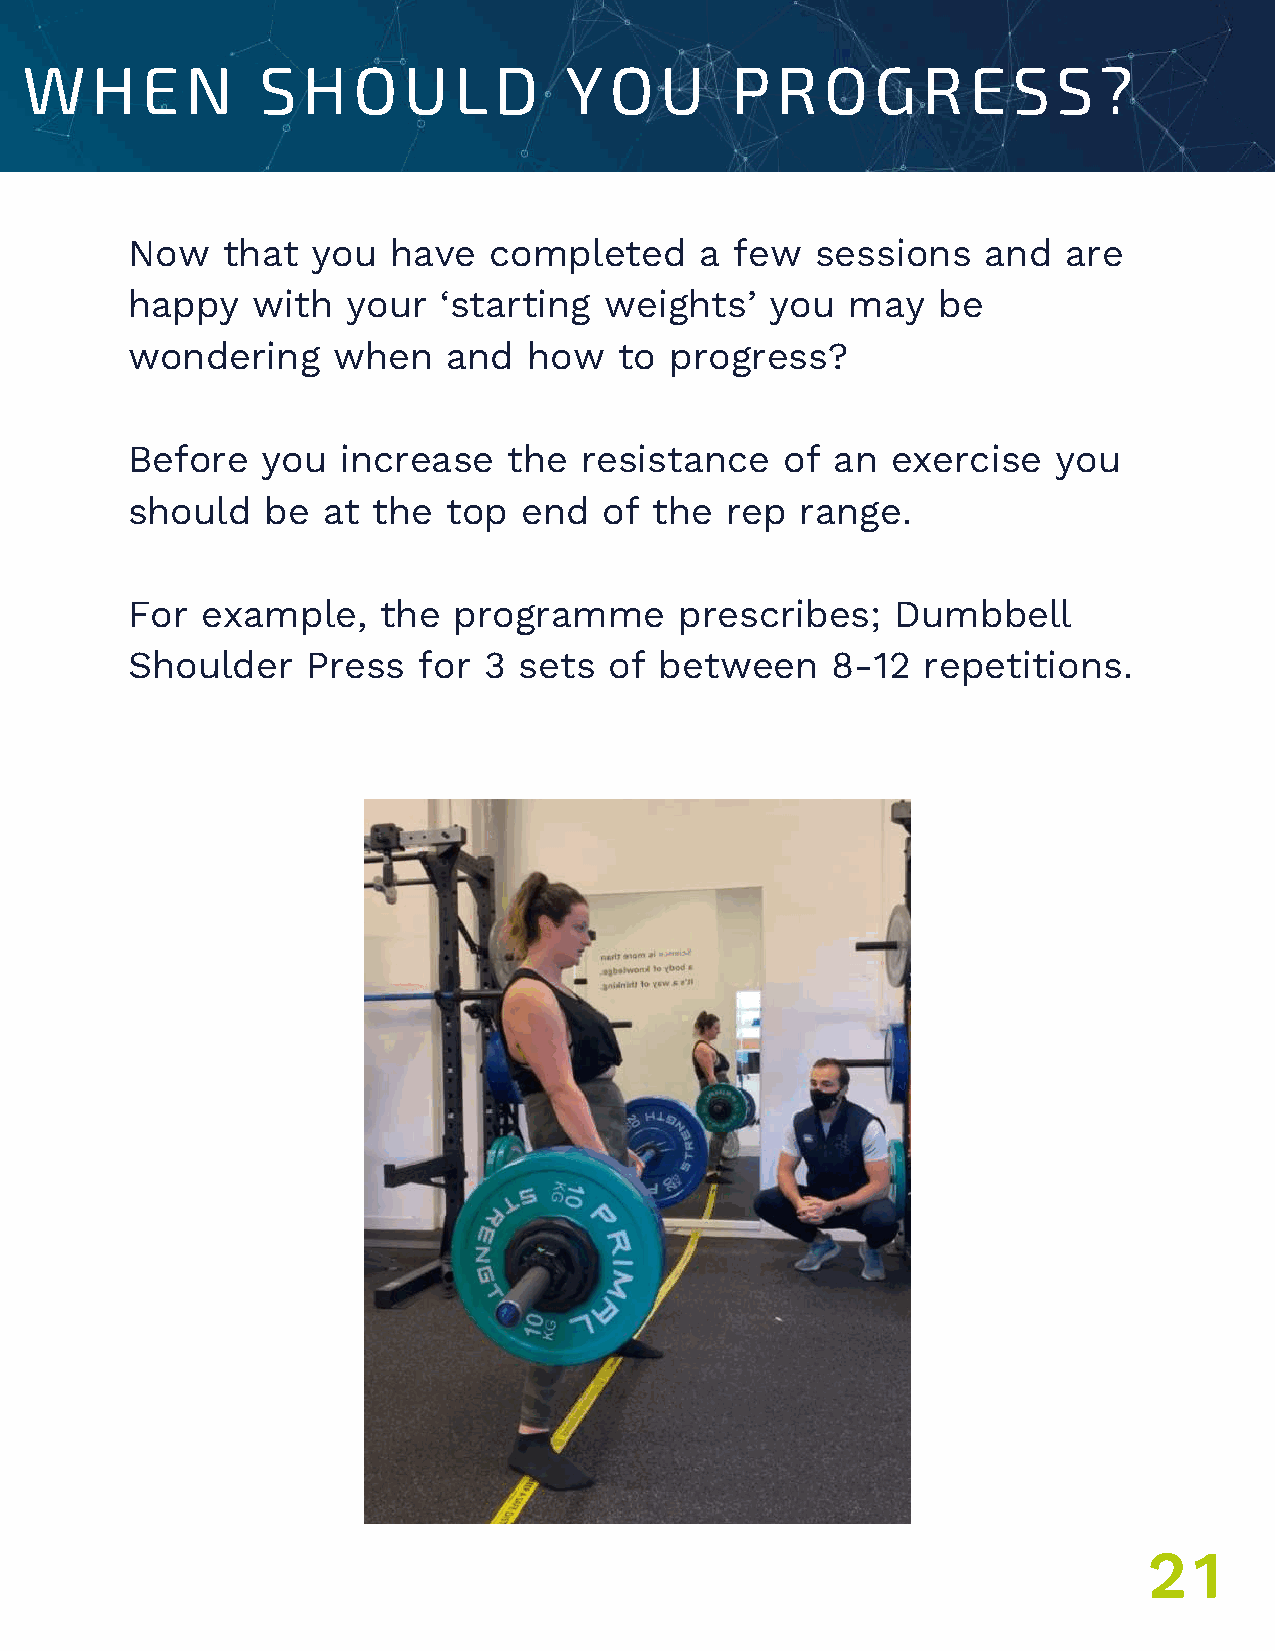
WHEN            SHOULD              YOU        PROGRESS?
 Now    that  you  have  completed     a  few  sessions   and   are
 happy    with  your  ‘starting  weights’   you  may   be
 wondering     when    and  how   to progress?
 Before   you   increase   the resistance    of an  exercise   you
 should    be at  the  top end   of the  rep  range.
 For  example,    the  programme      prescribes;   Dumbbell
 Shoulder    Press   for 3 sets  of  between    8-12  repetitions.
 UNDER
 21